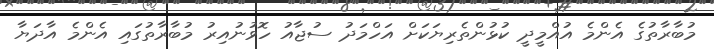
މުބާރާތުގެ އެންމެ އުއްމީދީ ކުޅުންތެރިޔަކަށް އަހްމަދު ސުޖާއު ހޮވުނުއިރު މުބާރާތުގައި އެންމެ އާދަޔާ